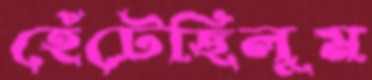
হেঁটেছিলুম